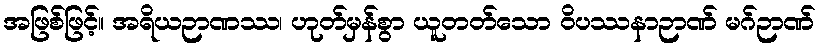
အဖြစ်ဖြင့်။ အရိယဉာဏဿ၊ ဟုတ်မှန်စွာ ယူတတ်သော ဝိပဿနာဉာဏ် မဂ်ဉာဏ်